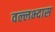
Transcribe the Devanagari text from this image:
वल्लभ्दास